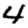
Digit: 4